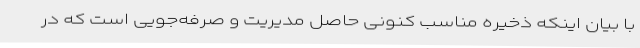
با بیان اینکه ذخیره مناسب کنونی حاصل مدیریت و صرفه‌جویی است که در